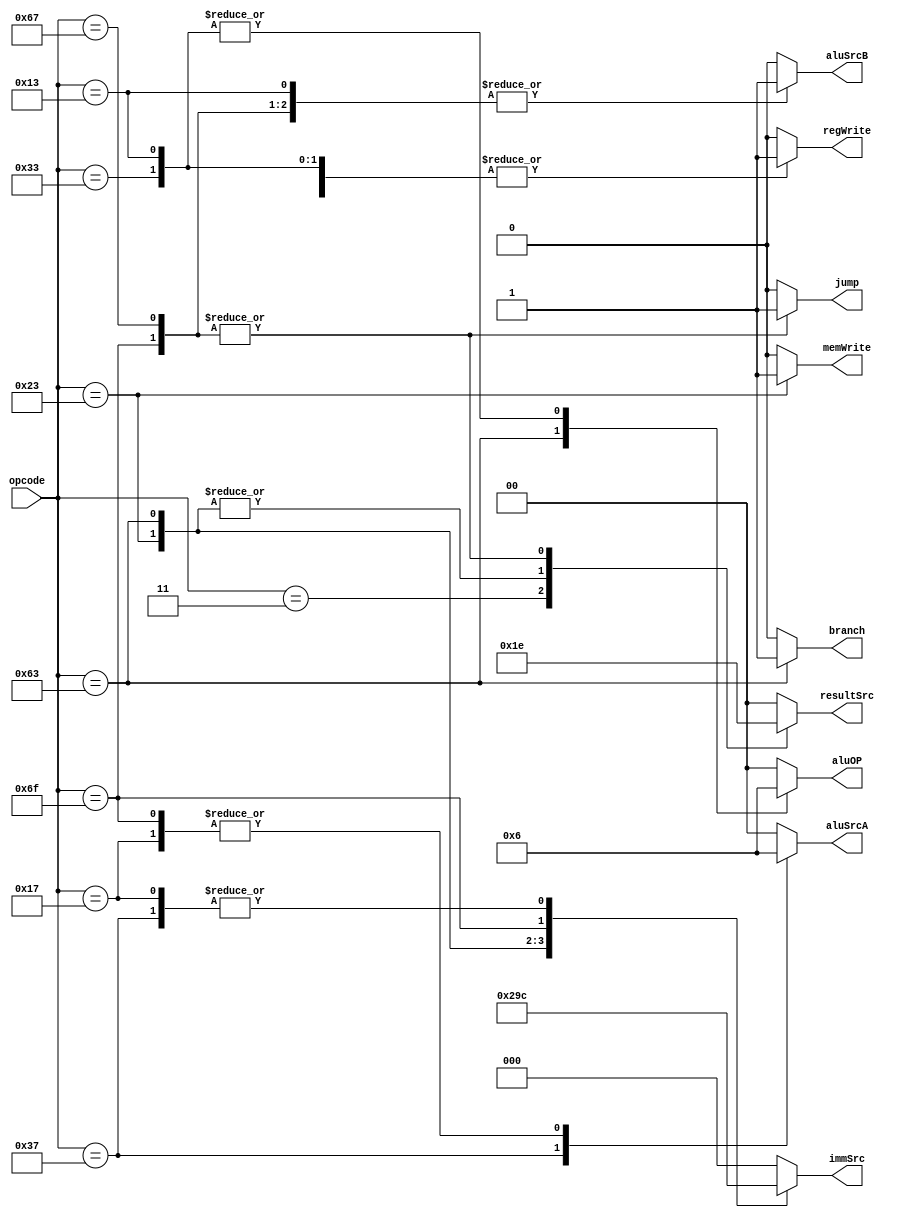
module main_decoder (
    input [6:0] opcode, 
    output reg [1:0] aluOP, resultSrc, aluSrcA, 
    output reg [2:0] immSrc,
    output reg branch, memWrite, aluSrcB, regWrite, jump
);
    localparam LOAD    = 7'b0000011;           localparam STORE   = 7'b0100011;
    localparam R_Type  = 7'b0110011;           localparam I_Type  = 7'b0010011;
    localparam SB_Type = 7'b1100011;           localparam JAL     = 7'b1101111;
    localparam LUI     = 7'b0110111;           localparam AUIPC   = 7'b0010111;
    localparam JALR    = 7'b1100111;

    always @(*) begin
        case (opcode)
            LOAD: begin   
                regWrite  = 1;          immSrc    = 3'b000;
                aluSrcA   = 2'b00;      aluSrcB   = 1;
                memWrite  = 0;          resultSrc = 2'b01;
                branch    = 0;          aluOP     = 2'b00;
                jump      = 0;          
            end
            STORE: begin   
                regWrite  = 0;          immSrc    = 3'b001;
                aluSrcA   = 2'b00;      aluSrcB   = 1;
                memWrite  = 1;          resultSrc = 2'b11;  // x
                branch    = 0;          aluOP     = 2'b00;
                jump      = 0;          
            end
            R_Type: begin   
                regWrite   = 1;         immSrc    = 3'b000; // 2'bxx
                aluSrcA   = 2'b00;      aluSrcB   = 0;
                memWrite  = 0;          resultSrc = 2'b00;
                branch    = 0;          aluOP     = 2'b10; 
                jump      = 0;          
            end
            SB_Type: begin   
                regWrite  = 0;          immSrc    = 3'b010;
                aluSrcA   = 2'b00;      aluSrcB   = 0;
                memWrite  = 0;          resultSrc = 2'b11;  // x
                branch    = 1;          aluOP     = 2'b01;
                jump      = 0;          
            end
            I_Type: begin   
                regWrite  = 1;          immSrc    = 3'b000;
                aluSrcA   = 2'b00;      aluSrcB   = 1;
                memWrite  = 0;          resultSrc = 2'b00;  
                branch    = 0;          aluOP     = 2'b10;
                jump      = 0;          
            end
            JAL: begin   
                regWrite  = 1;          immSrc    = 3'b011;
                aluSrcA   = 2'b10;      aluSrcB   = 1;
                memWrite  = 0;          resultSrc = 2'b10;  
                branch    = 0;          aluOP     = 2'b00;
                jump      = 1;          
            end
            LUI: begin   
                regWrite  = 1;          immSrc    = 3'b100;
                aluSrcA   = 2'b01;      aluSrcB   = 1;
                memWrite  = 0;          resultSrc = 2'b00;  
                branch    = 0;          aluOP     = 2'b00;
                jump      = 0;          
            end
            AUIPC: begin
                regWrite  = 1;          immSrc    = 3'b100;
                aluSrcA   = 2'b10;      aluSrcB   = 1;
                memWrite  = 0;          resultSrc = 2'b00;  
                branch    = 0;          aluOP     = 2'b00;
                jump      = 0;          
            end
            JALR: begin   
                regWrite  = 1;          immSrc    = 3'b000;
                aluSrcA   = 2'b00;      aluSrcB   = 1;
                memWrite  = 0;          resultSrc = 2'b10;  
                branch    = 0;          aluOP     = 2'b00;
                jump      = 1;          
            end
            default:    begin   
                regWrite  = 0;          immSrc    = 3'b000;
                aluSrcA   = 2'b00;      aluSrcB   = 0;
                memWrite  = 0;          resultSrc = 0;
                branch    = 0;          aluOP     = 2'b00;
                jump      = 0;          
            end
        endcase
    end
endmodule